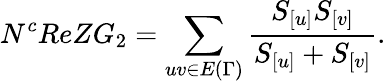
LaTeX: N^{c}ReZG_{2}=\sum_{uv\in E{(\Gamma)}}\frac{S_{[u]}S_{[v]}}{S_{[u]}+S_{[v]}}.